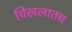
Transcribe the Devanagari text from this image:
चिखलातच